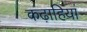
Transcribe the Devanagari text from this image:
कढ़ाहियां